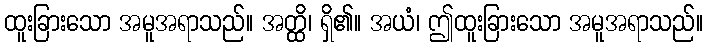
ထူးခြားသော အမူအရာသည်။ အတ္ထိ၊ ရှိ၏။ အယံ၊ ဤထူးခြားသော အမူအရာသည်။